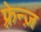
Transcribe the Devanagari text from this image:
फ़्रेन्ज़